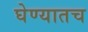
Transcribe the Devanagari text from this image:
घेण्यातच